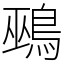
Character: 鵐